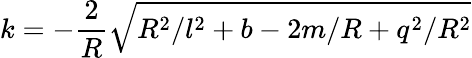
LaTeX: k=-\frac{2}{R}\sqrt{R^{2}/l^{2}+b-2m/R+q^{2}/R^{2}}